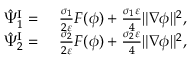
\begin{array} { r l } { \hat { \Psi } _ { 1 } ^ { \mathrm { I } } = } & { { } ~ \frac { \sigma _ { 1 } } { 2 \varepsilon } F ( \phi ) + \frac { \sigma _ { 1 } \varepsilon } { 4 } \| \nabla \phi \| ^ { 2 } , } \\ { \hat { \Psi } _ { 2 } ^ { \mathrm { I } } = } & { { } ~ \frac { \sigma _ { 2 } } { 2 \varepsilon } F ( \phi ) + \frac { \sigma _ { 2 } \varepsilon } { 4 } \| \nabla \phi \| ^ { 2 } , } \end{array}